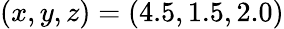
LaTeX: (x,y,z)=(4.5,1.5,2.0)